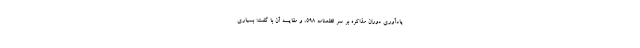
یادآوری دوران مذاکره بر سر قطعنامه ۵۹۸، و مقایسه آن با گفت: بسیاری